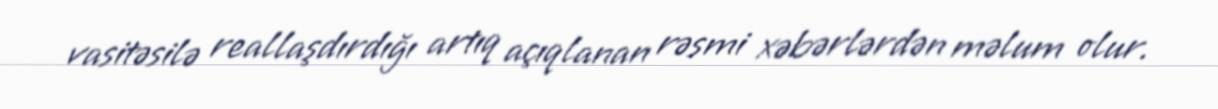
vasitəsilə reallaşdırdığı artıq açıqlanan rəsmi xəbərlərdən məlum olur.